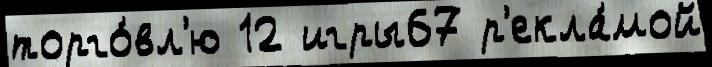
торго́вл'ю 12 игры67 р'екла́мой